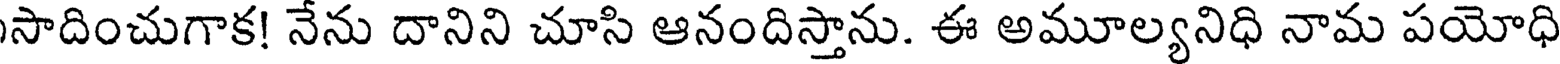
సాదించుగాక! నేను దానిని చూసి ఆనందిస్తాను. ఈ అమూల్యనిధి నామ పయోధి